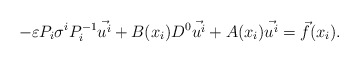
\begin{align*} -\varepsilon P_i\sigma^iP_i^{-1}\vec{u^i}+B(x_i)D^0\vec{u^i} + A(x_i)\vec{u^i}= \vec{f}(x_i).\end{align*}